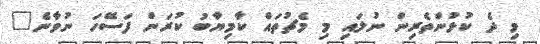
މި ދެ ކުޅުންތެރިން ނުލައި މި މެޗުތައް ކާމިޔާބު ކުރަން ފަސޭހަ ނުވާނެ"